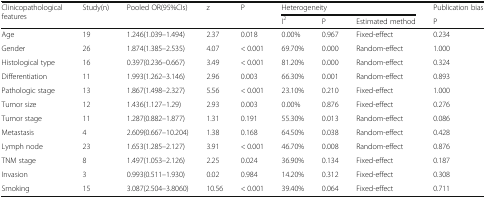
<table><thead><tr><td rowspan="2"><b>Clinicopathological features</b></td><td rowspan="2"><b>Study(n)</b></td><td rowspan="2"><b>Pooled OR(95%CIs)</b></td><td rowspan="2"><b>z</b></td><td rowspan="2"><b>P</b></td><td colspan="3"><b>Heterogeneity</b></td><td><b>Publication bias</b></td></tr><tr><td><b>I<sup>2</sup></b></td><td><b>P</b></td><td><b>Estimated method</b></td><td><b>P</b></td></tr></thead><tbody><tr><td>Age</td><td>19</td><td>1.246(1.039–1.494)</td><td>2.37</td><td>0.018</td><td>0.00%</td><td>0.967</td><td>Fixed-effect</td><td>0.234</td></tr><tr><td>Gender</td><td>26</td><td>1.874(1.385–2.535)</td><td>4.07</td><td>&lt; 0.001</td><td>69.70%</td><td>0.000</td><td>Random-effect</td><td>1.000</td></tr><tr><td>Histological type</td><td>16</td><td>0.397(0.236–0.667)</td><td>3.49</td><td>&lt; 0.001</td><td>81.20%</td><td>0.000</td><td>Random-effect</td><td>0.324</td></tr><tr><td>Differentiation</td><td>11</td><td>1.993(1.262–3.146)</td><td>2.96</td><td>0.003</td><td>66.30%</td><td>0.001</td><td>Random-effect</td><td>0.893</td></tr><tr><td>Pathologic stage</td><td>13</td><td>1.867(1.498–2.327)</td><td>5.56</td><td>&lt; 0.001</td><td>23.10%</td><td>0.210</td><td>Fixed-effect</td><td>1.000</td></tr><tr><td>Tumor size</td><td>12</td><td>1.436(1.127–1.29)</td><td>2.93</td><td>0.003</td><td>0.00%</td><td>0.876</td><td>Fixed-effect</td><td>0.276</td></tr><tr><td>Tumor stage</td><td>11</td><td>1.287(0.882–1.877)</td><td>1.31</td><td>0.191</td><td>55.30%</td><td>0.013</td><td>Random-effect</td><td>0.086</td></tr><tr><td>Metastasis</td><td>4</td><td>2.609(0.667–10.204)</td><td>1.38</td><td>0.168</td><td>64.50%</td><td>0.038</td><td>Random-effect</td><td>0.428</td></tr><tr><td>Lymph node</td><td>23</td><td>1.653(1.285–2.127)</td><td>3.91</td><td>&lt; 0.001</td><td>46.70%</td><td>0.008</td><td>Random-effect</td><td>0.876</td></tr><tr><td>TNM stage</td><td>8</td><td>1.497(1.053–2.126)</td><td>2.25</td><td>0.024</td><td>36.90%</td><td>0.134</td><td>Fixed-effect</td><td>0.187</td></tr><tr><td>Invasion</td><td>3</td><td>0.993(0.511–1.930)</td><td>0.02</td><td>0.984</td><td>14.20%</td><td>0.312</td><td>Fixed-effect</td><td>0.308</td></tr><tr><td>Smoking</td><td>15</td><td>3.087(2.504–3.8060)</td><td>10.56</td><td>&lt; 0.001</td><td>39.40%</td><td>0.064</td><td>Fixed-effect</td><td>0.711</td></tr></tbody></table>